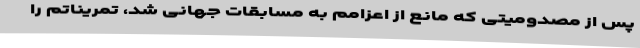
پس از مصدومیتی که مانع از اعزامم به مسابقات جهانی شد، تمریناتم را